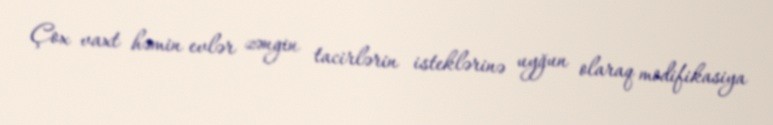
Çox vaxt həmin evlər zəngin tacirlərin isteklərinə uyğun olaraq modifikasiya